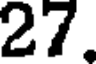
27.